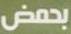
بحمض